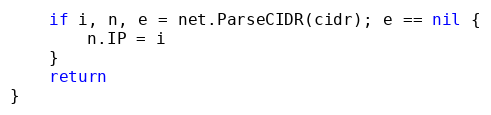
Language: Go
	if i, n, e = net.ParseCIDR(cidr); e == nil {
		n.IP = i
	}
	return
}